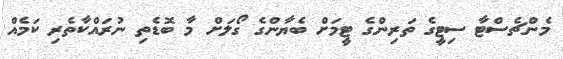
މެންޗެސްޓާ ސިޓީގެ ތަރިންގެ ޓީމަށް ބެޔާންގެ ގޯލަށް މާ ބޮޑެތި ނުރައްކާތެރި ކަމެއް